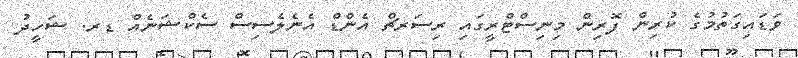
ވަޑައިގަތުމުގެ ކުރިން ފޮރިން މިނިސްޓްރީގައި ރިސަރޗް އެންޑް އެނެލެސިސް ސެކްޝަނެއް ޑރ. ޝަހީދު